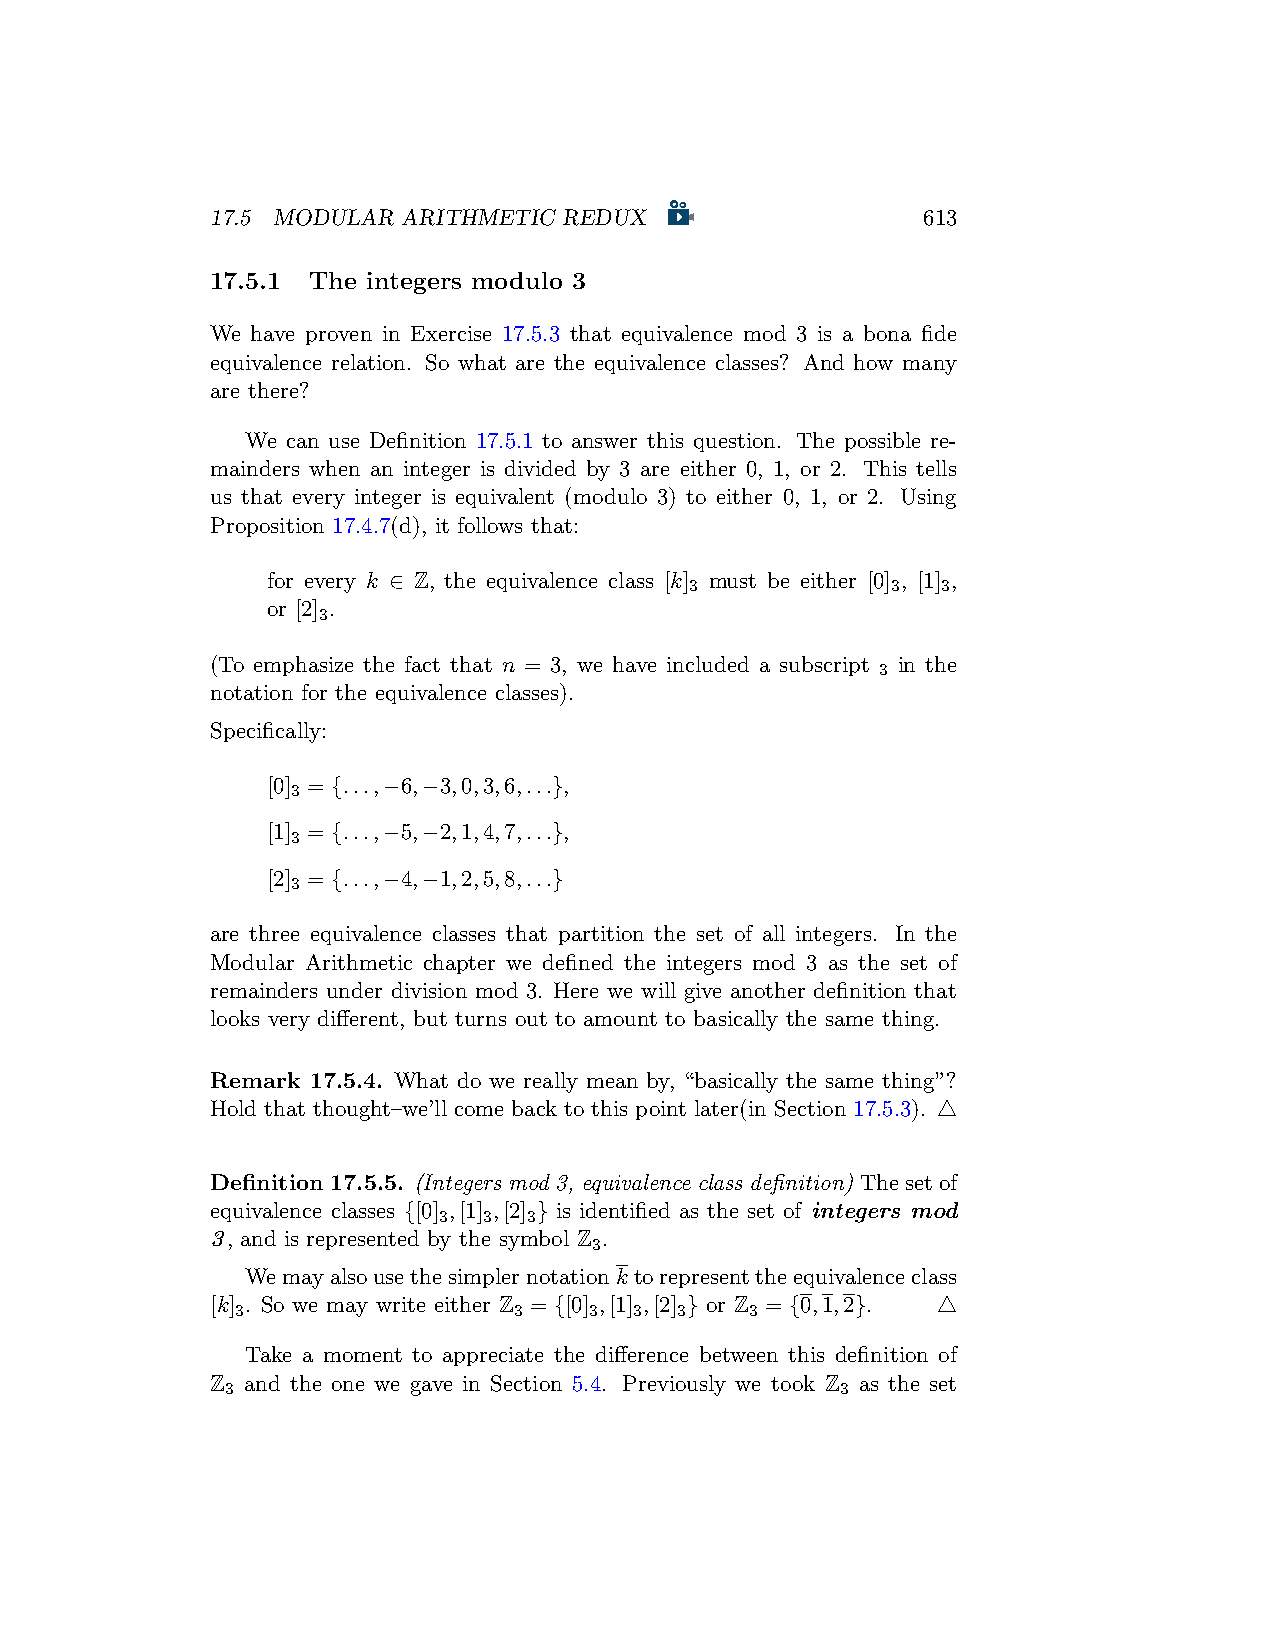
17.5 MODULAR ARITHMETIC REDUX                  613
 17.5.1 The integers modulo 3
 We have proven in Exercise 17.5.3 that equivalence mod 3 is a bona fide
 equivalence relation. So what are the equivalence classes? And how many
 are there?
 We can use Definition 17.5.1 to answer this question. The possible re-
 mainders when an integer is divided by 3 are either 0, 1, or 2. This tells
 us that every integer is equivalent (modulo 3) to either 0, 1, or 2. Using
 Proposition 17.4.7(d), it follows that:
 for every k ∈ Z, the equivalence class [k] must be either [0] , [1] ,
 3            3  3
 or [2] .
 3
 (To emphasize the fact that n = 3, we have included a subscript in the
 3
 notation for the equivalence classes).
 Specifically:
 [0] = {...,−6,−3,0,3,6,...},
 3
 [1] = {...,−5,−2,1,4,7,...},
 3
 [2] = {...,−4,−1,2,5,8,...}
 3
 are three equivalence classes that partition the set of all integers. In the
 Modular Arithmetic chapter we defined the integers mod 3 as the set of
 remainders under division mod 3. Here we will give another definition that
 looks very different, but turns out to amount to basically the same thing.
 Remark 17.5.4. What do we really mean by, “basically the same thing”?
 Hold that thought–we’ll come back to this point later(in Section 17.5.3). △
 Definition 17.5.5. (Integers mod 3, equivalence class definition) Thesetof
 equivalence classes {[0] ,[1] ,[2] } is identified as the set of integers mod
 3  3  3
 3, and is represented by the symbol Z .
 3
 Wemayalsousethesimplernotationk torepresenttheequivalenceclass
 [k] . So we may write either Z = {[0] ,[1] ,[2] } or Z = {0,1,2}. △
 3                 3    3  3  3    3
 Take a moment to appreciate the difference between this definition of
 Z and the one we gave in Section 5.4. Previously we took Z as the set
 3                                        3